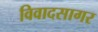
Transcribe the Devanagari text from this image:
विवादसागर